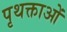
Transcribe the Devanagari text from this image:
पृथक्ताओं